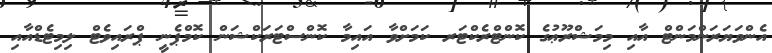
އެންވަޔަރަންމަންޓް އާއި މިމަޝްރޫޢުގެ ކޮންޓްރެކްޓަރ ކަމަށްވާ އައިމާ ކޮންސްޓަރަކްޝަން ކޮމްޕެނީ ޕްރައިވެޓް ލިމިޓެޑްއާއި